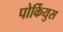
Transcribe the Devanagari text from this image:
पोर्कियुस